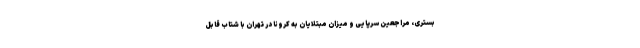
بستری، مراجعین سرپایی و میزان مبتلایان به کرونا در تهران با شتاب قابل